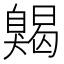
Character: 𦤦